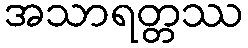
အသာရတ္တဿ